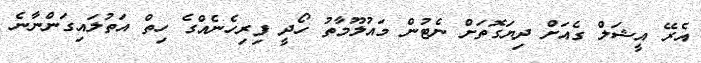
އެރޭ އީޝަލް ގެއަށް ދިޔަގޮތަށް ނެޓުން މައުލޫމާތު ހޯދީ ފިރިހެނެއްގެ ހިތް އަތުލައިގަންނާނެ